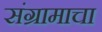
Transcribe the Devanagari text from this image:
संग्रामाचा